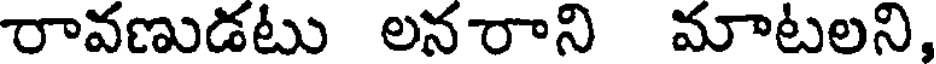
రావణుడటు లనరాని మాటలని,